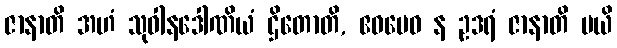
ဇာနာတိ အဟံ သုဝါနဒေါဏိယံ ဌိတောတိ, ဧဝမေဝ န ဥဒရံ ဇာနာတိ မယိ